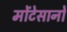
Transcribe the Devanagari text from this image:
मोंटेसानो